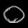
Digit: ၀